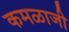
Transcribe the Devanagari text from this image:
कमळाजी